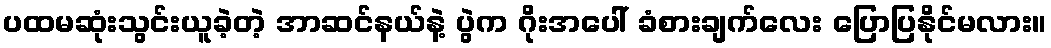
ပထမဆုံးသွင်းယူခဲ့တဲ့ အာဆင်နယ်နဲ့ ပွဲက ဂိုးအပေါ် ခံစားချက်လေး ပြောပြနိုင်မလား။